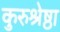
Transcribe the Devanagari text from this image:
कुरुश्रेष्ठा